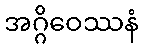
အဂ္ဂိဝေဿနံ